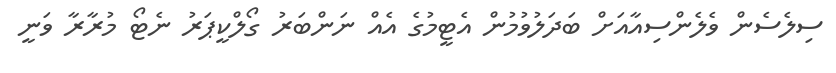
ސިލެސެން ވެލެންސިއާއަށް ބަދަލުވުމުން އެޓީމުގެ އެއް ނަންބަރު ގޯލްކީޕަރު ނެޓޯ މުރާރާ ވަނީ